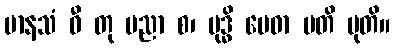
မာနသံ ဓီ တု ပညာ စ၊ ဗုဒ္ဓိ မေဓာ မတိ မုတိ။